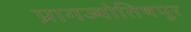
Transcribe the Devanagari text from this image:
प्रागज्योतिषपूर